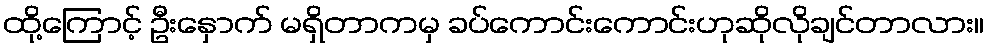
ထို့ကြောင့် ဦးနှောက် မရှိတာကမှ ခပ်ကောင်းကောင်းဟုဆိုလိုချင်တာလား။